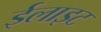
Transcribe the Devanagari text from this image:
ईलाइट